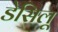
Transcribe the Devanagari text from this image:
डेसिलू